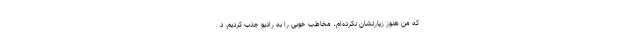
که من هنوز زیارتشان نکرده‌ام، مخاطب خوبی را به رادیو جذب کردیم. د